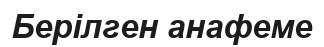
Берілген анафеме